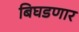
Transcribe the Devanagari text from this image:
बिघडणार